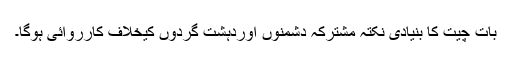
بات چیت کا بنیادی نکتہ مشترکہ دشمنوں اوردہشت گردوں کیخلاف کارروائی ہوگا۔